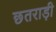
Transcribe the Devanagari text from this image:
छतराड़ी